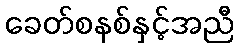
ခေတ်စနစ်နှင့်အညီ